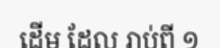
ដើម ដែល រាប់ពី ១